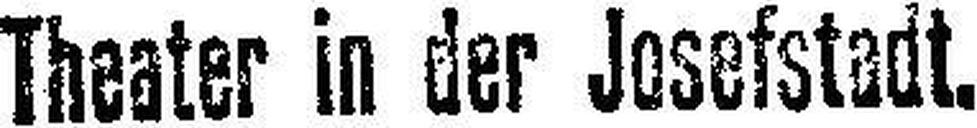
Theater in der Josefstadt.